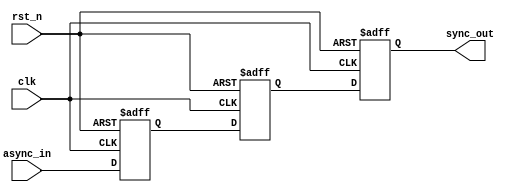
module triple_ff_synchronizer (
    input wire async_in,  // Asynchronous input signal
    input wire clk,       // Clock signal of the target domain
    input wire rst_n,     // Asynchronous active-low reset
    output reg sync_out   // Synchronized output signal
);

    // Internal signals for the flip-flops
    reg ff1_out;
    reg ff2_out;

    // First flip-flop (FF1)
    always @(posedge clk or negedge rst_n) begin
        if (!rst_n) begin
            ff1_out <= 1'b0;  // Initialize FF1 to 0 on reset
        end else begin
            ff1_out <= async_in; // Sample the asynchronous input
        end
    end

    // Second flip-flop (FF2)
    always @(posedge clk or negedge rst_n) begin
        if (!rst_n) begin
            ff2_out <= 1'b0;  // Initialize FF2 to 0 on reset
        end else begin
            ff2_out <= ff1_out; // Sample the output of FF1
        end
    end

    // Third flip-flop (FF3)
    always @(posedge clk or negedge rst_n) begin
        if (!rst_n) begin
            sync_out <= 1'b0;  // Initialize sync_out to 0 on reset
        end else begin
            sync_out <= ff2_out; // Sample the output of FF2
        end
    end

endmodule